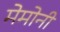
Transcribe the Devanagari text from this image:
मेमोनी